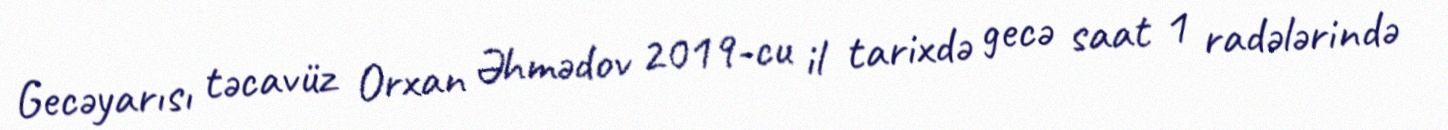
Gecəyarısı təcavüz Orxan Əhmədov 2019-cu il tarixdə gecə saat 1 radələrində